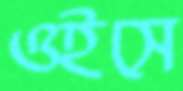
ওইসে